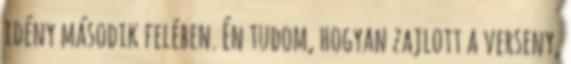
idény második felében. Én tudom, hogyan zajlott a verseny,